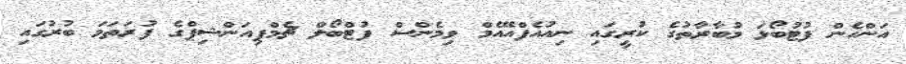
އަންހެން ފުޓުބޯޅަ މުބާރާތުގެ ކުރީގައި ނިއުއެފްއޭއެމް ވިމެންސް ފުޓްބޯލް ޗެމްޕިއަންޝިޕްގެ ފުރަތަަމަ ބުރުގައި